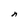
Character: n